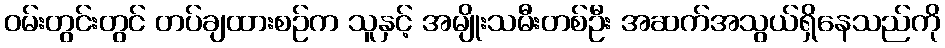
ဝမ်းတွင်းတွင် တပ်ချထားစဉ်က သူနှင့် အမျိုးသမီးတစ်ဦး အဆက်အသွယ်ရှိနေသည်ကို